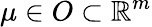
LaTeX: \mu\in O\subset\mathbb{R}^{m}